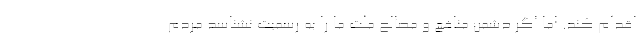
اقدام کند. اما اگر دشمن منافع و مصالح ملت ما را به رسمیت نشناسد مردم